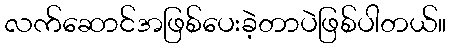
လက်ဆောင်အဖြစ်ပေးခဲ့တာပဲဖြစ်ပါတယ်။